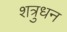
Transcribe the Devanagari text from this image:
शत्रुधन